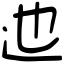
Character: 迆